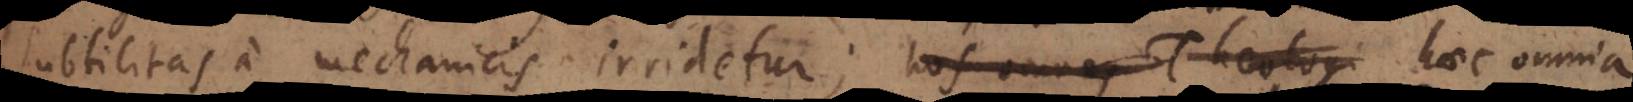
subtilitas a mechanicis irridetur; hos omnes Theologi alto